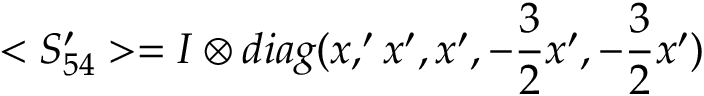
< S _ { 5 4 } ^ { \prime } > = I \otimes d i a g ( x , ^ { \prime } x ^ { \prime } , x ^ { \prime } , - { \frac { 3 } { 2 } } x ^ { \prime } , - { \frac { 3 } { 2 } } x ^ { \prime } )